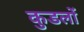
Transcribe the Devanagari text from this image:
कुडलों